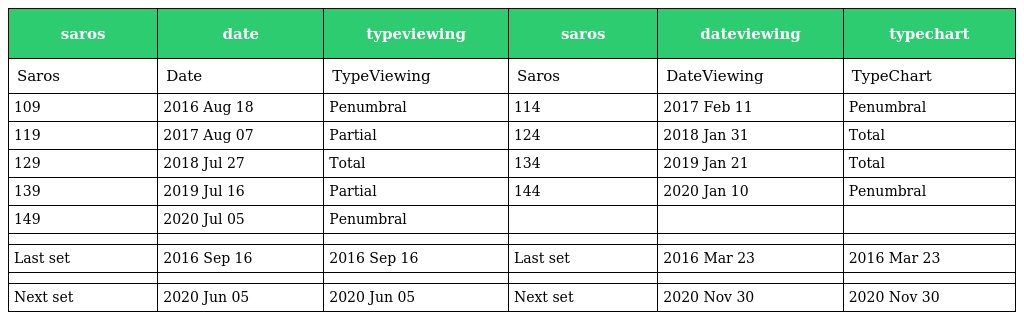
| saros | date | typeviewing | saros | dateviewing | typechart |
 | --- | --- | --- | --- | --- | --- |
 | Saros | Date | TypeViewing | Saros | DateViewing | TypeChart |
 | 109 | 2016 Aug 18 | Penumbral | 114 | 2017 Feb 11 | Penumbral |
 | 119 | 2017 Aug 07 | Partial | 124 | 2018 Jan 31 | Total |
 | 129 | 2018 Jul 27 | Total | 134 | 2019 Jan 21 | Total |
 | 139 | 2019 Jul 16 | Partial | 144 | 2020 Jan 10 | Penumbral |
 | 149 | 2020 Jul 05 | Penumbral |  |  |  |
 |  |  |  |  |  |  |
 | Last set | 2016 Sep 16 | 2016 Sep 16 | Last set | 2016 Mar 23 | 2016 Mar 23 |
 |  |  |  |  |  |  |
 | Next set | 2020 Jun 05 | 2020 Jun 05 | Next set | 2020 Nov 30 | 2020 Nov 30 |